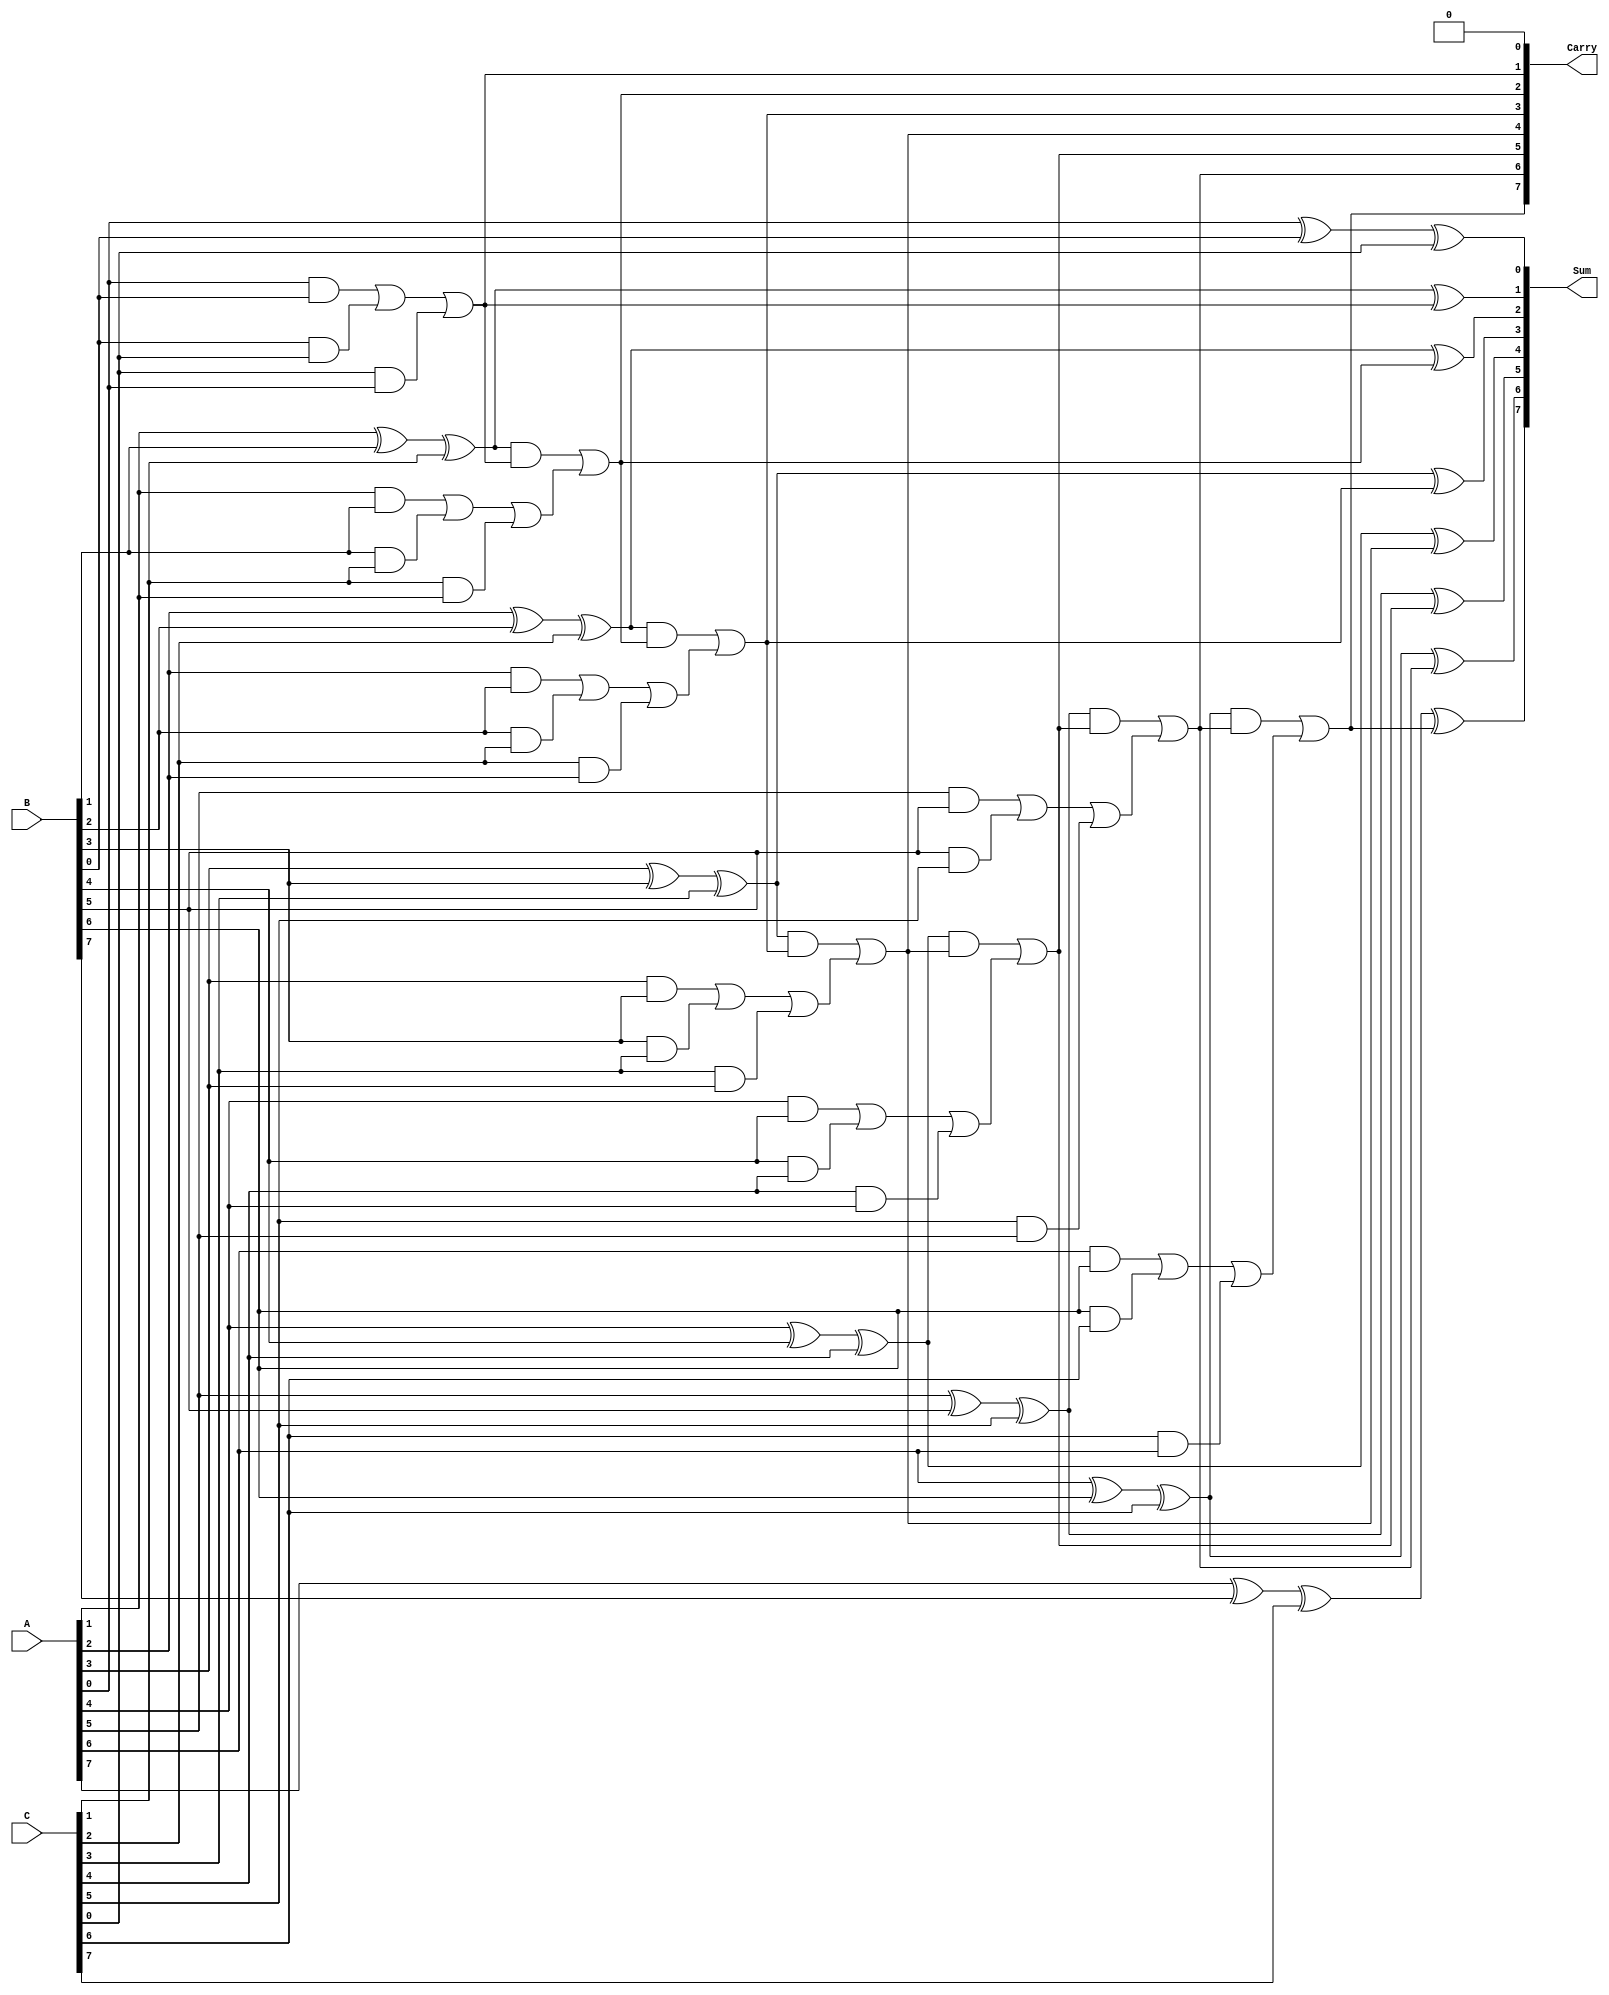
module ModifiedCarrySaveAdder (
    input  [n-1:0] A,
    input  [n-1:0] B,
    input  [n-1:0] C,
    output [n:0]   Sum,
    output [n-1:0] Carry
);
    parameter n = 8; // Adjust the bit-width as necessary

    wire [n-1:0] partial_sum;
    wire [n-1:0] carry;

    // Generate partial sums and carries
    genvar i;
    generate
        for (i = 0; i < n; i = i + 1) begin : generate_partial_sums_and_carries
            assign partial_sum[i] = A[i] ^ B[i] ^ C[i]; // Partial Sum
            assign carry[i] = (A[i] & B[i]) | (B[i] & C[i]) | (C[i] & A[i]); // Majority function for Carry
        end
    endgenerate

    // Final sum and carry computation
    wire [n-1:0] final_carry;
    wire [n:0] final_sum;

    assign final_carry[0] = 0; // Initial carry is 0
    generate
        for (i = 0; i < n; i = i + 1) begin : generate_final_sum
            assign final_sum[i] = partial_sum[i] ^ final_carry[i]; // Final Sum
            assign final_carry[i + 1] = (partial_sum[i] & final_carry[i]) | carry[i]; // Carry propagation
        end
    endgenerate

    assign Sum = final_sum; // Assign final sum to output
    assign Carry = final_carry[n-1:0]; // Assign carry to output

endmodule